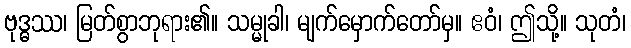
ဗုဒ္ဓဿ၊ မြတ်စွာဘုရား၏။ သမ္မုခါ၊ မျက်မှောက်တော်မှ။ ဧဝံ၊ ဤသို့။ သုတံ၊